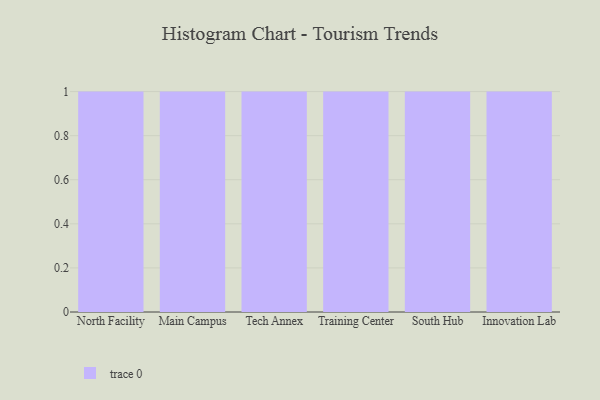
{"axis": {"x": "Campus", "y": "Revenue (USD Million)"}, "legend": [""], "data": [{"x": "North Facility", "y": 22, "type": ""}, {"x": "Main Campus", "y": 40, "type": ""}, {"x": "Tech Annex", "y": 11, "type": ""}, {"x": "Training Center", "y": 95, "type": ""}, {"x": "South Hub", "y": 34, "type": ""}, {"x": "Innovation Lab", "y": 4, "type": ""}]}